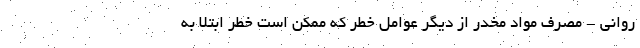
روانی - مصرف مواد مخدر از دیگر عوامل خطر که ممکن است خطر ابتلا به